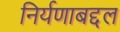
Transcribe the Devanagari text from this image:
निर्यणाबद्दल